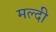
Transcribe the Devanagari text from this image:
मल्दी